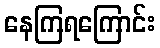
နေကြရကြောင်း